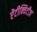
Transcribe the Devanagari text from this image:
ऐंटीक्विटीज़